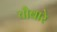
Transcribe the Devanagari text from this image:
चौबारे